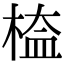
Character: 𣖁